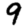
Digit: 9